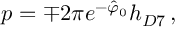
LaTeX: p = \mp 2 \pi e ^ { - \hat { \varphi } _ { 0 } } h _ { D 7 } \, ,